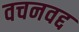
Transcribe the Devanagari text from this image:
वचनवद्द